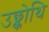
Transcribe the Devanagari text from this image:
उछ्कोथि